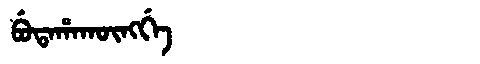
Manchu: ᠪᡠᡨᠠᡥᠠᡴᡡᠩᡤᡝ
Romanization: BUTAHAKŪNGGE